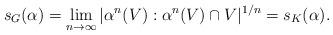
LaTeX: \begin{align*}s_G(\alpha) = \lim_{n \rightarrow \infty}|\alpha^n(V):\alpha^n(V) \cap V|^{1/n} = s_K(\alpha).\end{align*}